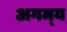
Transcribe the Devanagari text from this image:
अगम्‍य